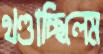
খণ্ডাচ্ছিলেম